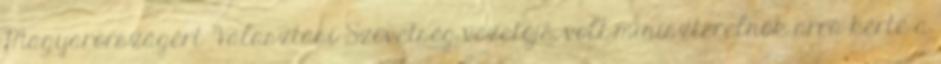
Magyarországért Választási Szövetség vezetője, volt miniszterelnök arra kérte a